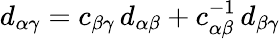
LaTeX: d_{\alpha\gamma}=c_{\beta\gamma}\, d_{\alpha\beta}+c_{\alpha\beta}^{-1}\, d_{\beta\gamma}